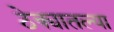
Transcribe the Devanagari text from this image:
ठेक्यातल्या